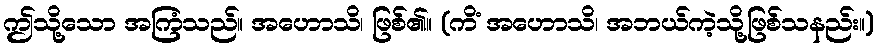
ဤသို့သော အကြံသည်။ အဟောသိ၊ ဖြစ်၏။ (ကိံ အဟောသိ၊ အဘယ်ကဲ့သို့ဖြစ်သနည်း။)